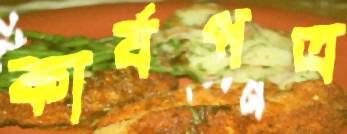
কার্যপত্র